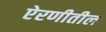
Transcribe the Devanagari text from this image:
ऐरणीतील